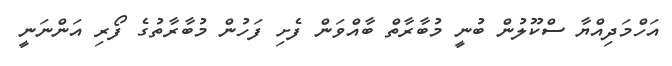
އަހްމަދިއްޔާ ސްކޫލުން ބުނީ މުބާރާތް ބާއްވަން ފެށި ފަހުން މުބާރާތުގެ ފޯރި އަންނަނީ